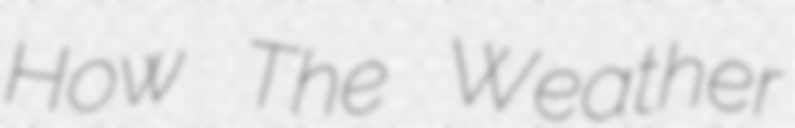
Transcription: How The Weather